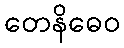
တေနိဓေဝ